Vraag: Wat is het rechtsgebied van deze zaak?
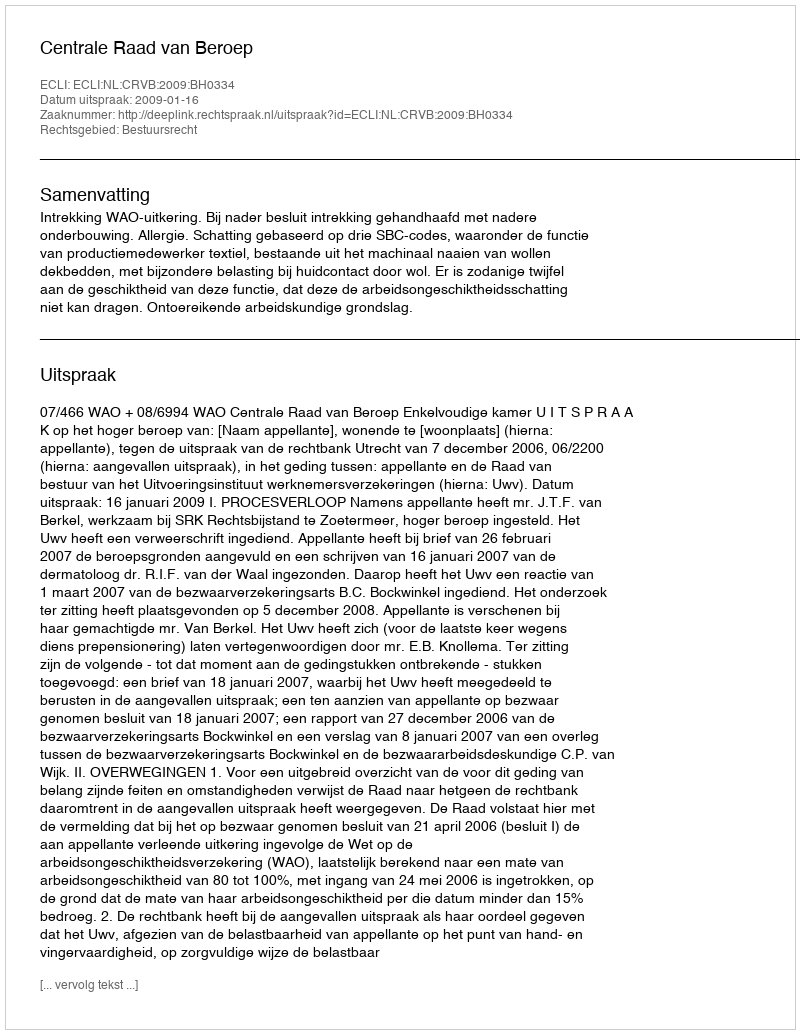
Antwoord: Bestuursrecht